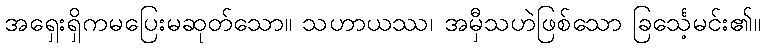
အရှေးရှိကမပြေးမဆုတ်သော။ သဟာယဿ၊ အမှီသဟဲဖြစ်သော ခြင်္သေ့မင်း၏။